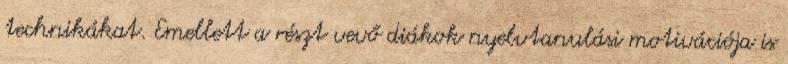
technikákat. Emellett a részt vevő diákok nyelvtanulási motivációja is